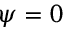
\psi = 0